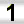
Digit: 1